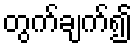
တွက်ချက်၍